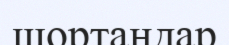
шортандар